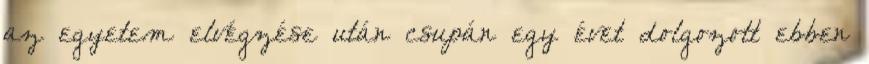
az egyetem elvégzése után csupán egy évet dolgozott ebben